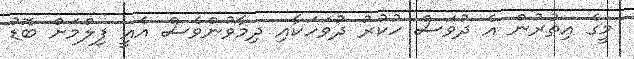
މީގެ އިތުރުން އެ ދުވަސް ހުކުރު ދުވަހަކާއި ދިމާވުންވެސް އެއީ ފިލްމަށް ބޮޑު